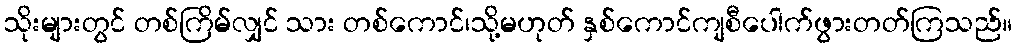
သိုးများတွင် တစ်ကြိမ်လျှင် သား တစ်ကောင်၊သို့မဟုတ် နှစ်ကောင်ကျစီပေါက်ဖွားတတ်ကြသည်။